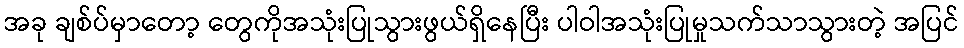
အခု ချစ်ပ်မှာတော့ တွေကိုအသုံးပြုသွားဖွယ်ရှိနေပြီး ပါဝါအသုံးပြုမှုသက်သာသွားတဲ့ အပြင်